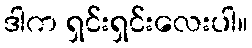
ဒါက ရှင်းရှင်းလေးပါ။